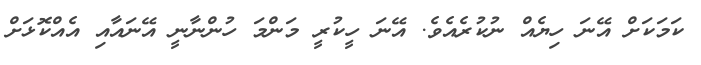
ކަމަކަށް އޭނަ ހިޔެއް ނުކުރެއެވެ. އޭނަ ހީކުރީ މަންމަ ހުންނާނީ އޭނައާއި އެއްކޮޅަށް